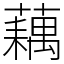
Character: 藕